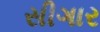
સીગાર